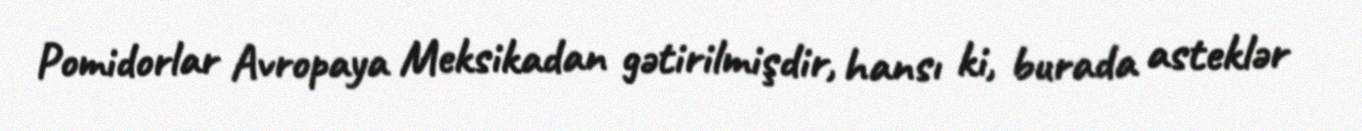
Pomidorlar Avropaya Meksikadan gətirilmişdir, hansı ki, burada asteklər